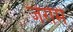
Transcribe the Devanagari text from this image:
जेरोमे